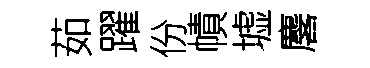
茹躍份幘墟麐